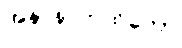
အနာနာကထိကော